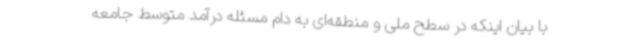
با بیان اینکه در سطح ملی و منطقه‌ای به دام مسئله درآمد متوسط جامعه